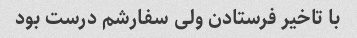
با تاخیر فرستادن ولی سفارشم درست بود